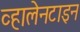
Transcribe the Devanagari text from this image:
व्हालेनटाइन